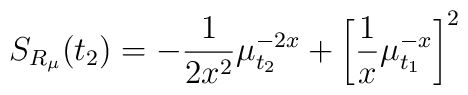
S_{R_\mu}(t_2)=-\frac{1}{2x^2}\mu_{t_2}^{-2x}+\left[\frac{1}{x}\mu_{t_1}^{-x}\right]^2